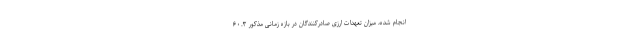
انجام شده، میزان تعهدات ارزی صادرکنندگان در بازه زمانی مذکور ۶۰.۳